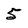
Character: 5